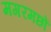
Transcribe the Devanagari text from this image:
मगरमछों